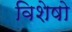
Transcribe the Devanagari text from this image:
विशेषो